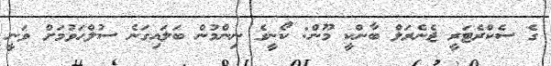
ގެ ސެކްރެޓަރީ ޖެނެރަލް ބާންކީ މޫން: ކޯނީގެ ނިންމުން ބަލައިގަނެ ސުލްހަވުމަށް ވަނީ